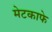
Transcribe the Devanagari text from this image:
मेटकाफे